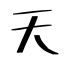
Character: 天